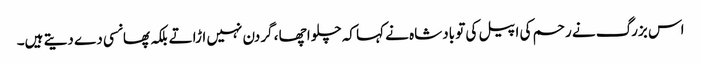
اس بزرگ نے رحم کی اپیل کی تو بادشاہ نے کہا کہ چلو اچھا ، گردن نہیں اڑاتے بلکہ پھانسی دے دیتے ہیں۔